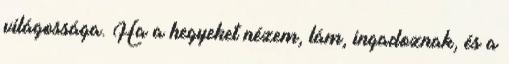
világossága. Ha a hegyeket nézem, lám, ingadoznak, és a